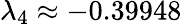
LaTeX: \lambda_{4}\approx-0.39948